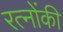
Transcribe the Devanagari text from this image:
रत्नोंकी